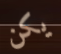
يكن